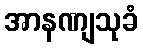
အာနဏျသုခံ